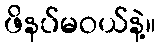
ဖိနပ်မဝယ်နဲ့။